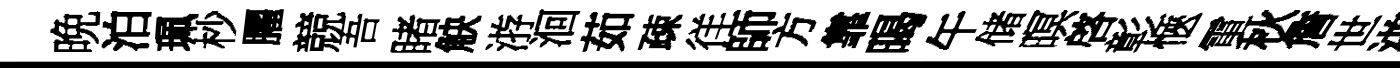
晩泊珮杪臞競吾睹觖㳺洄茹疎徉師方靠暍午储暝啓彰愜電秋詹世㳺